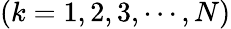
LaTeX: (k=1,2,3,\cdots,N)